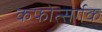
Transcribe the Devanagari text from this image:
कफोत्सर्गक